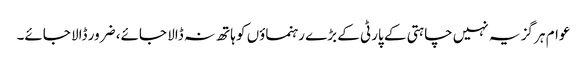
عوام ہر گز یہ نہیں چاہتی کے پارٹی کے بڑے رہنماؤں کو ہاتھ نہ ڈالا جائے، ضرور ڈالا جائے۔